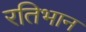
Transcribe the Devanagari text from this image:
रतिभान